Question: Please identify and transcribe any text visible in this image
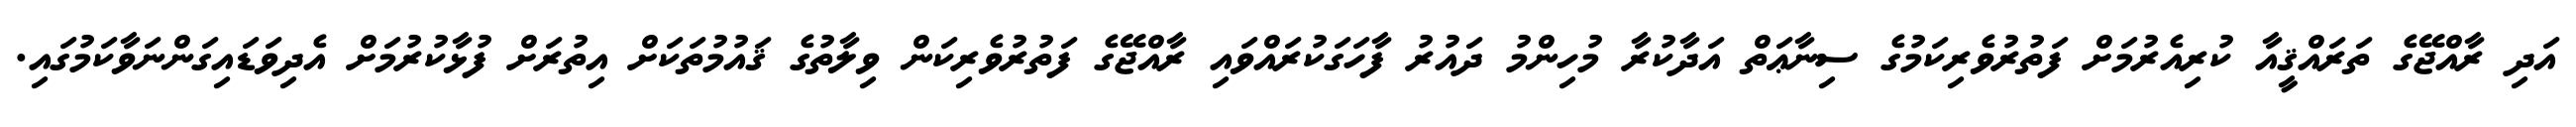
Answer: އަދި ރާއްޖޭގެ ތަރައްޤީއާ ކުރިއެރުމަށް ފަތުރުވެރިކަމުގެ ސިނާޢަތް އަދާކުރާ މުހިންމު ދައުރު ފާހަގަކުރައްވައި ރާއްޖޭގެ ފަތުރުވެރިކަން ވިލާތުގެ ޤައުމުތަކަށް އިތުރަށް ފުޅާކުރުމަށް އެދިވަޑައިގަންނަވާކަމުގައި.